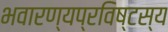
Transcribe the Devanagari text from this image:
भवारण्यप्रविष्टस्य